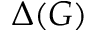
\Delta ( G )